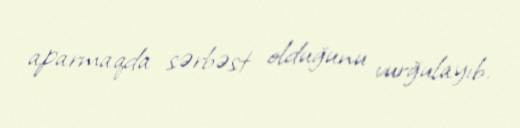
aparmaqda sərbəst olduğunu vurğulayıb.